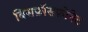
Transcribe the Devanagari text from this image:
बिसफ़ॉसफ़ोनेट